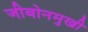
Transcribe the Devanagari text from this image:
जीबोनमुखी